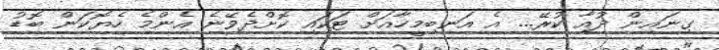
ގިނައިން ދުއާ ކުރޭ... އެ އަނބިމީހާއަށް ޓަކައި ކޮށްދެވޭނެ އެންމެ ހެޔޮކަން ބޮޑު